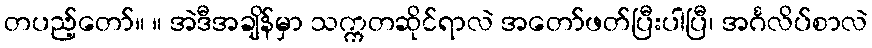
တပည့်တော်။ ။ အဲဒီအချိန်မှာ သက္ကတဆိုင်ရာလဲ အတော်ဖတ်ပြီးပါပြီ၊ အင်္ဂလိပ်စာလဲ